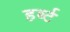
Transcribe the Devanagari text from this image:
हर्ब्ट